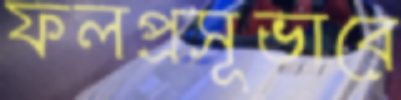
ফলপ্রসূভাবে